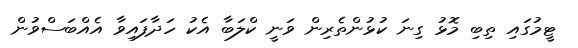
ޓީމުގައި ތިބި މޮޅު ގިނަ ކުޅުންތެރިން ވަނީ ކްލަބާ އެކު ހަދާފައިވާ އެއްބަސްވުން